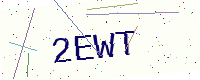
Text: 2EWT